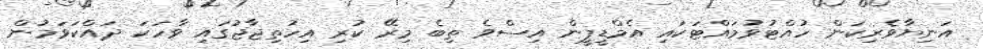
އަނިޔާވެރިކަން ހުއްޓުވުމައްޓަކައި އެމްޑީޕީން އިސްވެ ތިބެ މިރޭ ކުރި އިހުތިޖާޖުގައި ވާހަކަ ދައްކަވަމުން